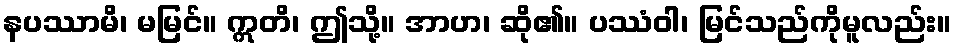
နပဿာမိ၊ မမြင်။ ဣတိ၊ ဤသို့။ အာဟ၊ ဆို၏။ ပဿံဝါ၊ မြင်သည်ကိုမူလည်း။